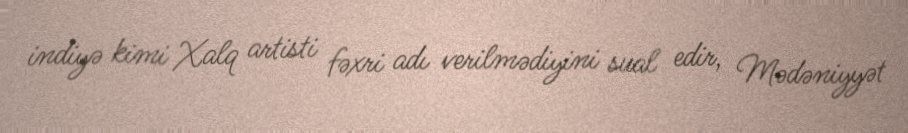
indiyə kimi Xalq artisti fəxri adı verilmədiyini sual edir, Mədəniyyət